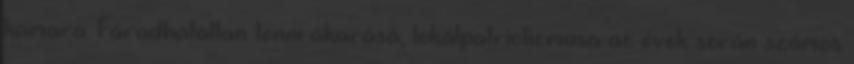
kamara. Fáradhatatlan tenni akarása, lokálpatriotizmusa az évek során számos